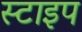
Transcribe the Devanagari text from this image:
स्टाइप